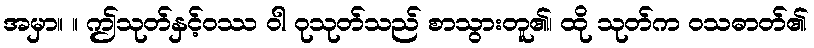
အမှာ။ ။ ဤသုတ်နှင့်ဝဿ ဝါ ဝုသုတ်သည် စာသွားတူ၏၊ ထို သုတ်က ဝသဓာတ်၏